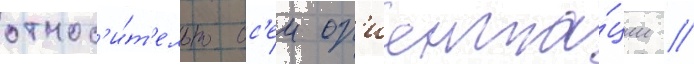
относ'и́т'ельно ос'еи ор'иента́ции //